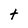
Character: t